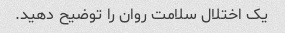
یک اختلال سلامت روان را توضیح دهید.